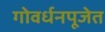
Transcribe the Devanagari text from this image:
गोवर्धनपूजेत